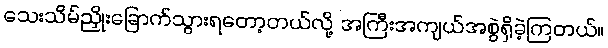
သေးသိမ်ညှိုးခြောက်သွားရတော့တယ်လို့ အကြီးအကျယ်အစွဲရှိခဲ့ကြတယ်။